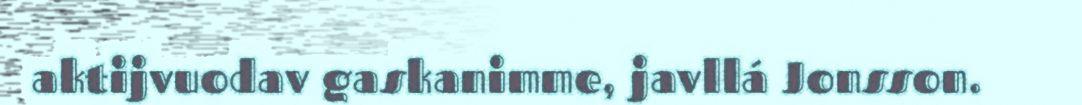
aktijvuodav gaskanimme, javllá Jonsson.